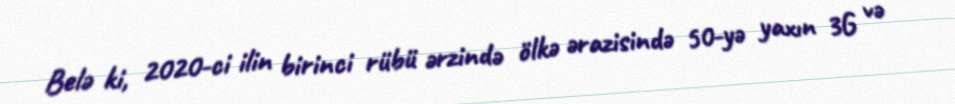
Belə ki, 2020-ci ilin birinci rübü ərzində ölkə ərazisində 50-yə yaxın 3G və